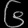
Digit: ၆